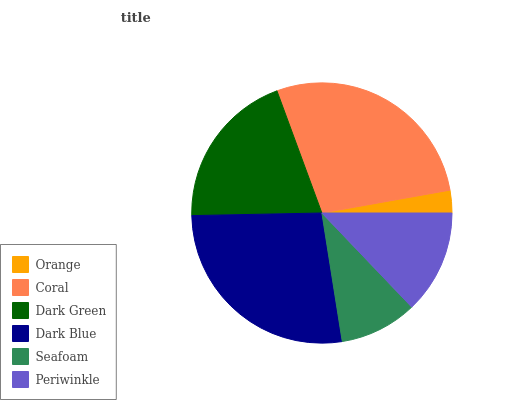
| Orange | Coral | Dark Green | Dark Blue | Seafoam | Periwinkle |
 | --- | --- | --- | --- | --- | --- |
 | 2.8% | 27.8% | 19.7% | 27.2% | 9.62% | 12.8% |